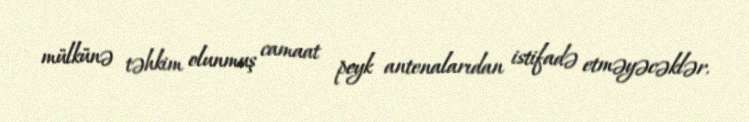
mülkünə təhkim olunmuş camaat peyk antenalarıdan istifadə etməyəcəklər.